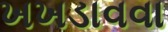
ખખડાવવા